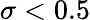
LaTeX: \sigma<0.5